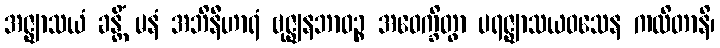
အဇ္ဈာသယံ ခန္တိံ မနံ အဘိနီဟာရံ ဗုဇ္ဈနဘာဝဉ္စ အဝေက္ခိတွာ ပရဇ္ဈာသယဝသေန ကထိတာနိ၊